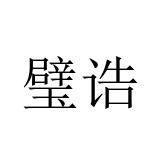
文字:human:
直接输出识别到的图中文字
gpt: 璧诰